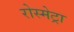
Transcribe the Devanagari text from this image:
रोस्मेट्रा